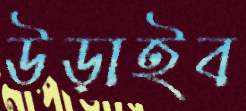
উড়াইব